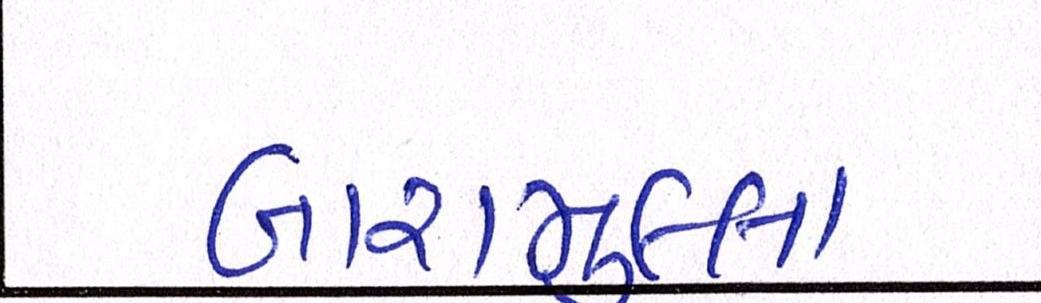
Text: બારામુલ્લા